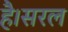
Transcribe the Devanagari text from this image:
है।सरल